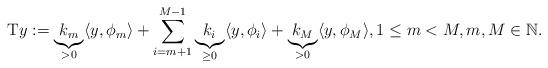
LaTeX: \begin{align*}\mathrm{T}y := \underbrace{k_m}_{>0} \langle y , \phi_m \rangle + \sum_{i=m+1}^{M-1} \underbrace{k_i}_{\ge 0} \langle y , \phi_i \rangle+ \underbrace{k_M}_{>0} \langle y , \phi_M \rangle, 1\le m <M, m,M \in \mathbb{N}.\end{align*}